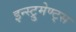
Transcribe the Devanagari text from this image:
इन्स्ट्रुमेण्ट्स